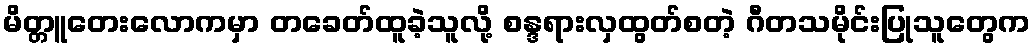
မိတ္တူတေးလောကမှာ တခေတ်ထူခဲ့သူလို့ စန္ဒရားလှထွတ်စတဲ့ ဂီတသမိုင်းပြုသူတွေက